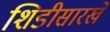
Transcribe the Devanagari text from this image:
शिडीसारखे